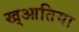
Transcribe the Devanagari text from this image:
ख्आतिया